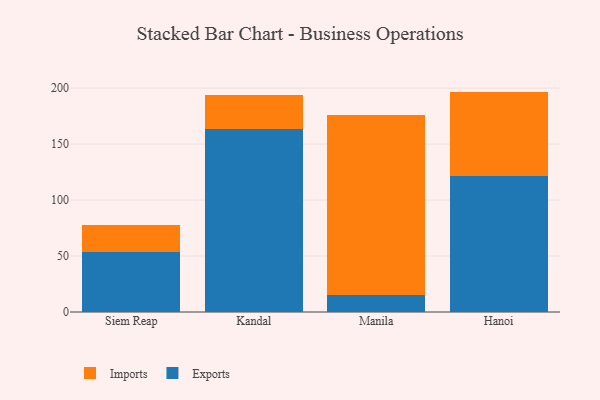
{"axis": {"x": "City", "y": "Latency (ms)"}, "legend": ["Exports", "Imports"], "data": [{"x": "Siem Reap", "y": 53.8, "type": "Exports"}, {"x": "Siem Reap", "y": 24.0, "type": "Imports"}, {"x": "Kandal", "y": 163.9, "type": "Exports"}, {"x": "Kandal", "y": 29.6, "type": "Imports"}, {"x": "Manila", "y": 14.9, "type": "Exports"}, {"x": "Manila", "y": 161.3, "type": "Imports"}, {"x": "Hanoi", "y": 121.4, "type": "Exports"}, {"x": "Hanoi", "y": 75.5, "type": "Imports"}]}